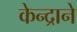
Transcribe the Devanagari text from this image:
केन्द्राने